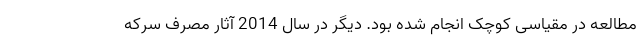
مطالعه در مقیاسی کوچک انجام شده بود. دیگر در سال 2014 آثار مصرف سرکه